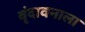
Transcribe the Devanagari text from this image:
वृंदावनाला